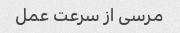
مرسی از سرعت عمل